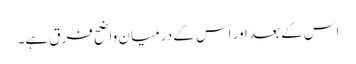
اس کے بعد اور اس کے درمیان واضح فرق ہے۔